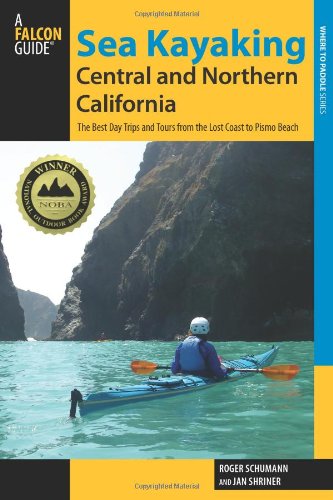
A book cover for Sea Kayaking Central and Northern California: The Best Days Trips And Tours From The Lost Coast To Pismo Beach (Regional Sea Kayaking Series); Roger Schumann; Sports & Outdoors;